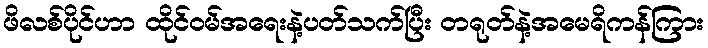
ဖိလစ်ပိုင်ဟာ ထိုင်ဝမ်အရေးနဲ့ပတ်သက်ပြီး တရုတ်နဲ့အမေရိကန်ကြား